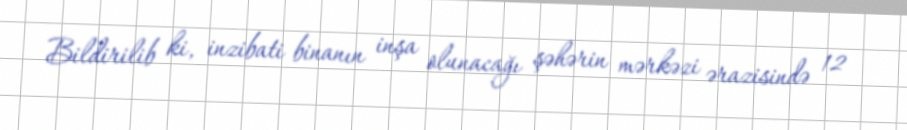
Bildirilib ki, inzibati binanın inşa olunacağı şəhərin mərkəzi ərazisində 12